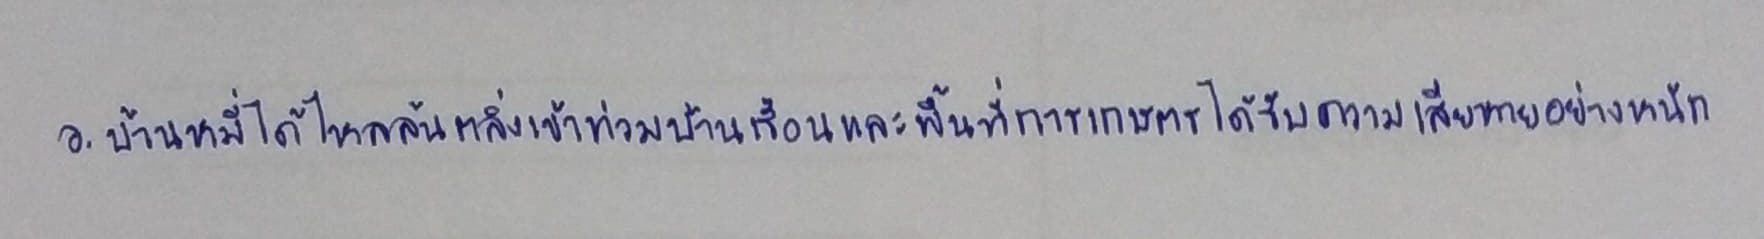
อ.บ้านหมี่ได้ไหลล้นตลิ่งเข้าท่วมบ้านเรือนและพื้นที่การเกษตรได้รับความเสียหายอย่างหนัก